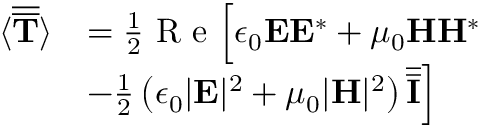
\begin{array} { r l } { \langle \overline { { \overline { { \mathbf { T } } } } } \rangle } & { = \frac { 1 } { 2 } \textrm { R e } \Bigr [ \epsilon _ { 0 } \mathbf { E } \mathbf { E } ^ { * } + \mu _ { 0 } \mathbf { H } \mathbf { H } ^ { * } } \\ { \qquad } & { - \frac { 1 } { 2 } \left( \epsilon _ { 0 } | \mathbf { E } | ^ { 2 } + \mu _ { 0 } | \mathbf { H } | ^ { 2 } \right) \overline { { \overline { { \mathbf { I } } } } } \Bigr ] } \end{array}